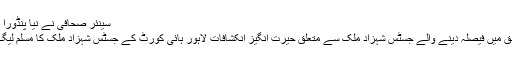
سینئر صحافی نے نیا پنڈورا باکس کھول دیا – ZamungSwat
شریف خاندان اور مسلم لیگ ن کے حق میں فیصلہ دینے والے جسٹس شہزاد ملک سے متعلق حیرت انگیز انکشافات لاہور ہائی کورٹ کے جسٹس شہزاد ملک کا مسلم لیگ ن کے رہنماؤں سے کیا تعلقنکل آیا؟